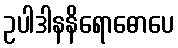
ဥပါဒါနနိရောဓောပေ